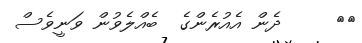
٢٦     ދެން އެއުރެންގެ  ބެއްލެވުން ވަނީވެސް